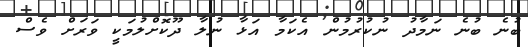
ބުނެ ބުނެ ނަމާދު ނުކުރުމުން އެކަމާ އަޅާ ނުލާ ދޫކޮށްލުމަކީ ވަރަށް ވެސް